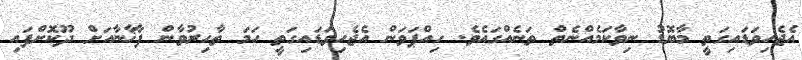
އެޖެހިވަޑައިގަތީ މާބޮޑު ނިވާކަމެއްނެތް ތަނެއްގައެވެ. ހިއްޕަވަން އެޖެހިވަޑައިގަތީ ހަމަ ތާހިރުވާން ފާޚާނާއަށް ދޫކޮށްފައި